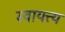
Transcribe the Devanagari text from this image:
स्वायत्त्य